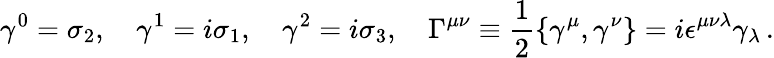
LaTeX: \gamma^{0}=\sigma_{2},\quad\gamma^{1}=i\sigma_{1},\quad\gamma^{2}=i\sigma_{3},\quad\Gamma^{\mu\nu}\equiv\frac{1}{2}\{ \gamma^{\mu},\gamma^{\nu}\} =i\epsilon^{\mu\nu\lambda}\gamma_{\lambda}\, .